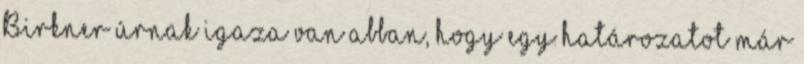
Birkner úrnak igaza van abban, hogy egy határozatot már